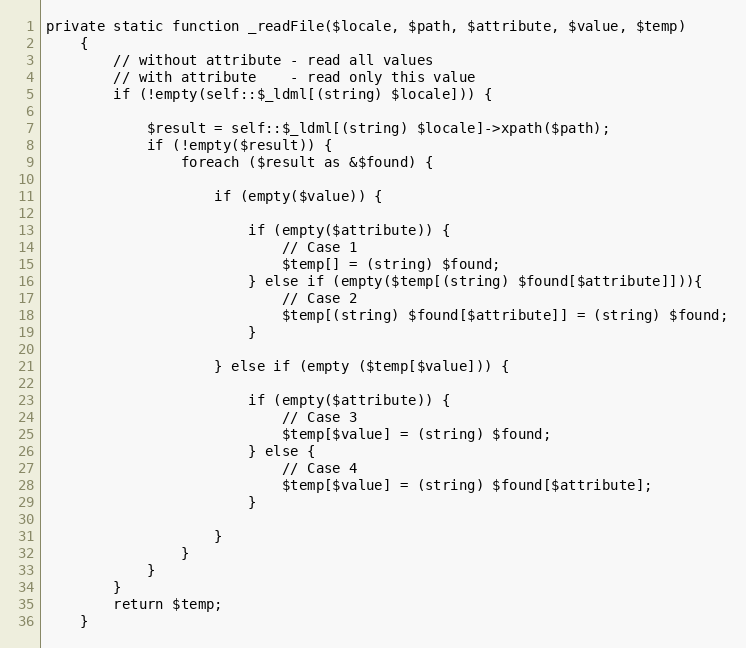
Language: PHP
private static function _readFile($locale, $path, $attribute, $value, $temp)
    {
        // without attribute - read all values
        // with attribute    - read only this value
        if (!empty(self::$_ldml[(string) $locale])) {

            $result = self::$_ldml[(string) $locale]->xpath($path);
            if (!empty($result)) {
                foreach ($result as &$found) {

                    if (empty($value)) {

                        if (empty($attribute)) {
                            // Case 1
                            $temp[] = (string) $found;
                        } else if (empty($temp[(string) $found[$attribute]])){
                            // Case 2
                            $temp[(string) $found[$attribute]] = (string) $found;
                        }

                    } else if (empty ($temp[$value])) {

                        if (empty($attribute)) {
                            // Case 3
                            $temp[$value] = (string) $found;
                        } else {
                            // Case 4
                            $temp[$value] = (string) $found[$attribute];
                        }

                    }
                }
            }
        }
        return $temp;
    }